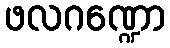
ဖလဂဏ္ဍော